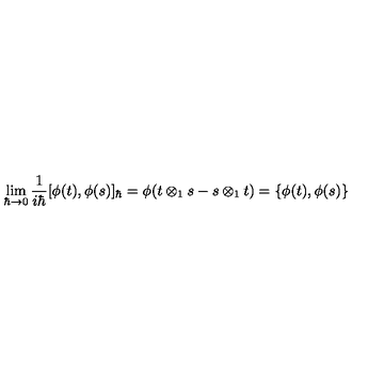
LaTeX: \lim _ { \hbar \to 0 } \frac { 1 } { i \hbar } [ \phi ( t ) , \phi ( s ) ] _ { \hbar } = \phi ( t \otimes _ { 1 } s - s \otimes _ { 1 } t ) = \{ \phi ( t ) , \phi ( s ) \}